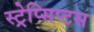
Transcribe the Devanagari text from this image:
स्ट्रेप्सिप्टस